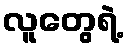
လူတွေရဲ့